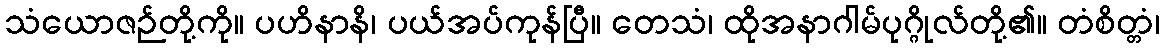
သံယောဇဉ်တို့ကို။ ပဟိနာနိ၊ ပယ်အပ်ကုန်ပြီ။ တေသံ၊ ထိုအနာဂါမ်ပုဂ္ဂိုလ်တို့၏။ တံစိတ္တံ၊